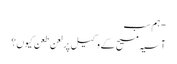
- ہم سب
آسیہ مسیح کے وکیل پر لعن طعن کیوں؟